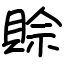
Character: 賒